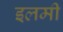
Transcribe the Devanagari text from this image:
इलमी